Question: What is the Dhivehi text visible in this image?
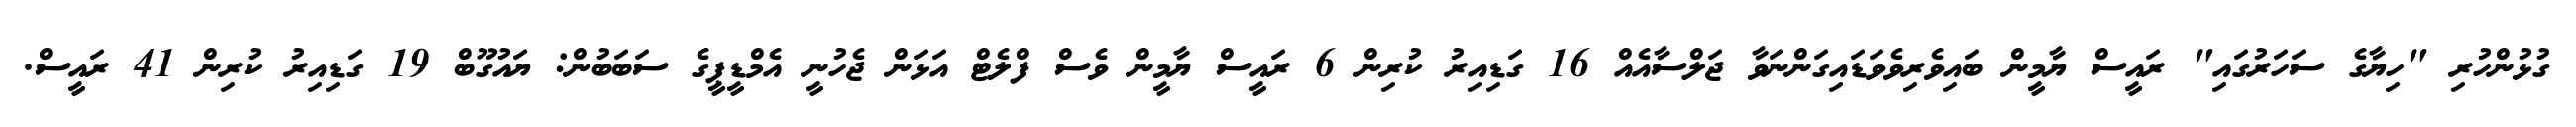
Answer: ގުޅުންހުރި "ހިޔާގެ ސަހަރުގައި" ރައީސް ޔާމީން ބައިވެރިވެވަޑައިގަންނަވާ ޖަލްސާއެއް 16 ގަޑިއިރު ކުރިން 6 ރައީސް ޔާމީން ވެސް ފްލެޓް އަޅަން ޖެހުނީ އެމްޑީޕީގެ ސަބަބުން: ޔައުގޫބް 19 ގަޑިއިރު ކުރިން 41 ރައީސް.